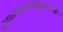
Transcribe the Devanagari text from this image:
हेरम्वचरणाम्बुजरेणबः।।